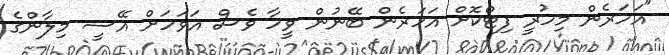
"އަހަރެން މިހުރީ ފިޓްކޮށް އަހަރެން ބޭނުން ވީހާ ވެސް އަވަހަށް އޭސީ މިލާންގެ